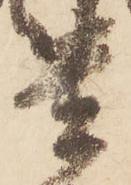
貴